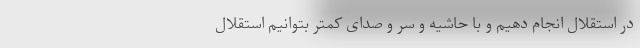
در استقلال انجام دهیم و با حاشیه و سر و صدای کمتر بتوانیم استقلال